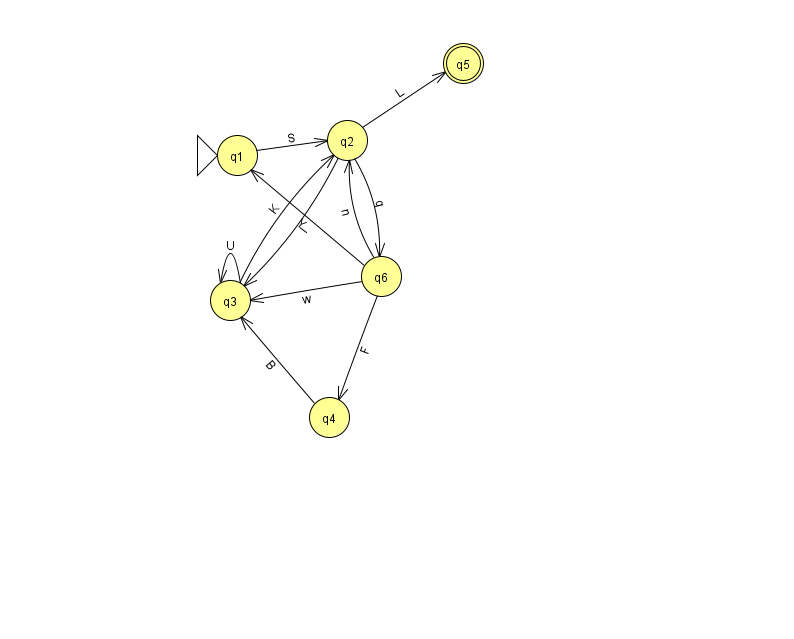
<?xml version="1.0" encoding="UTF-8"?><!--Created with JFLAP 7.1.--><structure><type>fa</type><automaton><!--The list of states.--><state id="1" name="q1"><x>237.0</x><y>142.0</y><initial/></state><state id="2" name="q2"><x>347.0</x><y>127.0</y></state><state id="3" name="q3"><x>230.0</x><y>287.0</y></state><state id="4" name="q4"><x>329.0</x><y>404.0</y></state><state id="5" name="q5"><x>463.0</x><y>50.0</y><final/></state><state id="6" name="q6"><x>381.0</x><y>263.0</y></state><!--The list of transitions.--><transition><from>4</from><to>3</to><read>B</read></transition><transition><from>6</from><to>3</to><read>w</read></transition><transition><from>2</from><to>6</to><read>q</read></transition><transition><from>6</from><to>4</to><read>F</read></transition><transition><from>3</from><to>3</to><read>U</read></transition><transition><from>1</from><to>2</to><read>S</read></transition><transition><from>2</from><to>5</to><read>L</read></transition><transition><from>6</from><to>2</to><read>n</read></transition><transition><from>2</from><to>3</to><read>I</read></transition><transition><from>6</from><to>1</to><read>Y</read></transition><transition><from>3</from><to>2</to><read>K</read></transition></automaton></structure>